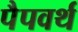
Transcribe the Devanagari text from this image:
पैपवर्थ